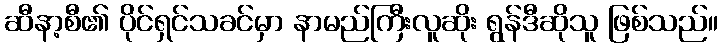
ဆီနာ့စီ၏ ပိုင်ရှင်သခင်မှာ နာမည်ကြီးလူဆိုး ရွန်ဒီဆိုသူ ဖြစ်သည်။